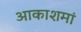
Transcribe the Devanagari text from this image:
आकाशमां